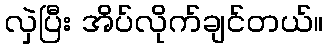
လှဲပြီး အိပ်လိုက်ချင်တယ်။